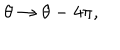
LaTeX: \theta \rightarrow \theta - 4 \pi ,